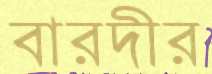
বারদীর